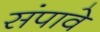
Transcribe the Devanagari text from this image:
संपावे